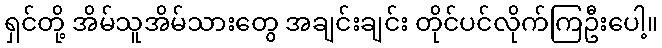
ရှင်တို့ အိမ်သူအိမ်သားတွေ အချင်းချင်း တိုင်ပင်လိုက်ကြဦးပေါ့။